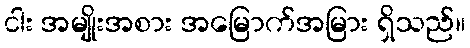
ငါး အမျိုးအစား အမြောက်အမြား ရှိသည်။